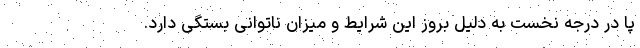
پا در درجه نخست به دلیل بروز این شرایط و میزان ناتوانی بستگی دارد.